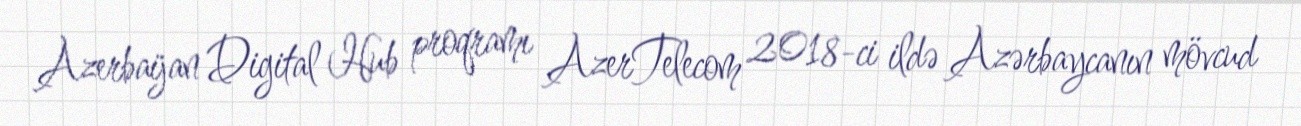
Azerbaijan Digital Hub proqramı AzerTelecom 2018-ci ildə Azərbaycanın mövcud